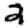
Digit: 2